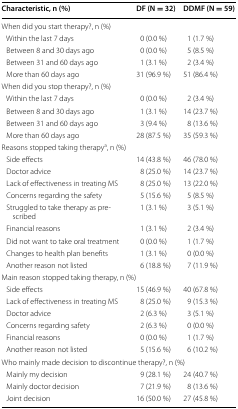
<table><thead><tr><td><b>Characteristic, n (%)</b></td><td><b>DF (N = 32)</b></td><td><b>DDMF (N = 59)</b></td></tr></thead><tbody><tr><td colspan="3">When did you start therapy?, n (%)</td></tr><tr><td> Within the last 7 days</td><td>0 (0.0 %)</td><td>1 (1.7 %)</td></tr><tr><td> Between 8 and 30 days ago</td><td>0 (0.0 %)</td><td>5 (8.5 %)</td></tr><tr><td> Between 31 and 60 days ago</td><td>1 (3.1 %)</td><td>2 (3.4 %)</td></tr><tr><td> More than 60 days ago</td><td>31 (96.9 %)</td><td>51 (86.4 %)</td></tr><tr><td colspan="3">When did you stop therapy?, n (%)</td></tr><tr><td> Within the last 7 days</td><td>0 (0.0 %)</td><td>2 (3.4 %)</td></tr><tr><td> Between 8 and 30 days ago</td><td>1 (3.1 %)</td><td>14 (23.7 %)</td></tr><tr><td> Between 31 and 60 days ago</td><td>3 (9.4 %)</td><td>8 (13.6 %)</td></tr><tr><td> More than 60 days ago</td><td>28 (87.5 %)</td><td>35 (59.3 %)</td></tr><tr><td colspan="3">Reasons stopped taking therapy<sup>a</sup>, n (%)</td></tr><tr><td> Side effects</td><td>14 (43.8 %)</td><td>46 (78.0 %)</td></tr><tr><td> Doctor advice</td><td>8 (25.0 %)</td><td>14 (23.7 %)</td></tr><tr><td> Lack of effectiveness in treating MS</td><td>8 (25.0 %)</td><td>13 (22.0 %)</td></tr><tr><td> Concerns regarding the safety</td><td>5 (15.6 %)</td><td>5 (8.5 %)</td></tr><tr><td> Struggled to take therapy as prescribed</td><td>1 (3.1 %)</td><td>3 (5.1 %)</td></tr><tr><td> Financial reasons</td><td>1 (3.1 %)</td><td>2 (3.4 %)</td></tr><tr><td> Did not want to take oral treatment</td><td>0 (0.0 %)</td><td>1 (1.7 %)</td></tr><tr><td> Changes to health plan benefits</td><td>1 (3.1 %)</td><td>0 (0.0 %)</td></tr><tr><td> Another reason not listed</td><td>6 (18.8 %)</td><td>7 (11.9 %)</td></tr><tr><td colspan="3">Main reason stopped taking therapy, n (%)</td></tr><tr><td> Side effects</td><td>15 (46.9 %)</td><td>40 (67.8 %)</td></tr><tr><td> Lack of effectiveness in treating MS</td><td>8 (25.0 %)</td><td>9 (15.3 %)</td></tr><tr><td> Doctor advice</td><td>2 (6.3 %)</td><td>3 (5.1 %)</td></tr><tr><td> Concerns regarding safety</td><td>2 (6.3 %)</td><td>0 (0.0 %)</td></tr><tr><td> Financial reasons</td><td>0 (0.0 %)</td><td>1 (1.7 %)</td></tr><tr><td> Another reason not listed</td><td>5 (15.6 %)</td><td>6 (10.2 %)</td></tr><tr><td colspan="3">Who mainly made decision to discontinue therapy?, n (%)</td></tr><tr><td> Mainly my decision</td><td>9 (28.1 %)</td><td>24 (40.7 %)</td></tr><tr><td> Mainly doctor decision</td><td>7 (21.9 %)</td><td>8 (13.6 %)</td></tr><tr><td> Joint decision</td><td>16 (50.0 %)</td><td>27 (45.8 %)</td></tr></tbody></table>